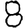
Digit: 8